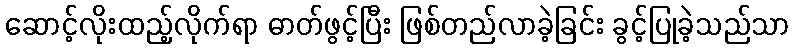
ဆောင့်လိုးထည့်လိုက်ရာ ဓာတ်ဖွင့်ပြီး ဖြစ်တည်လာခဲ့ခြင်း ခွင့်ပြုခဲ့သည်သာ